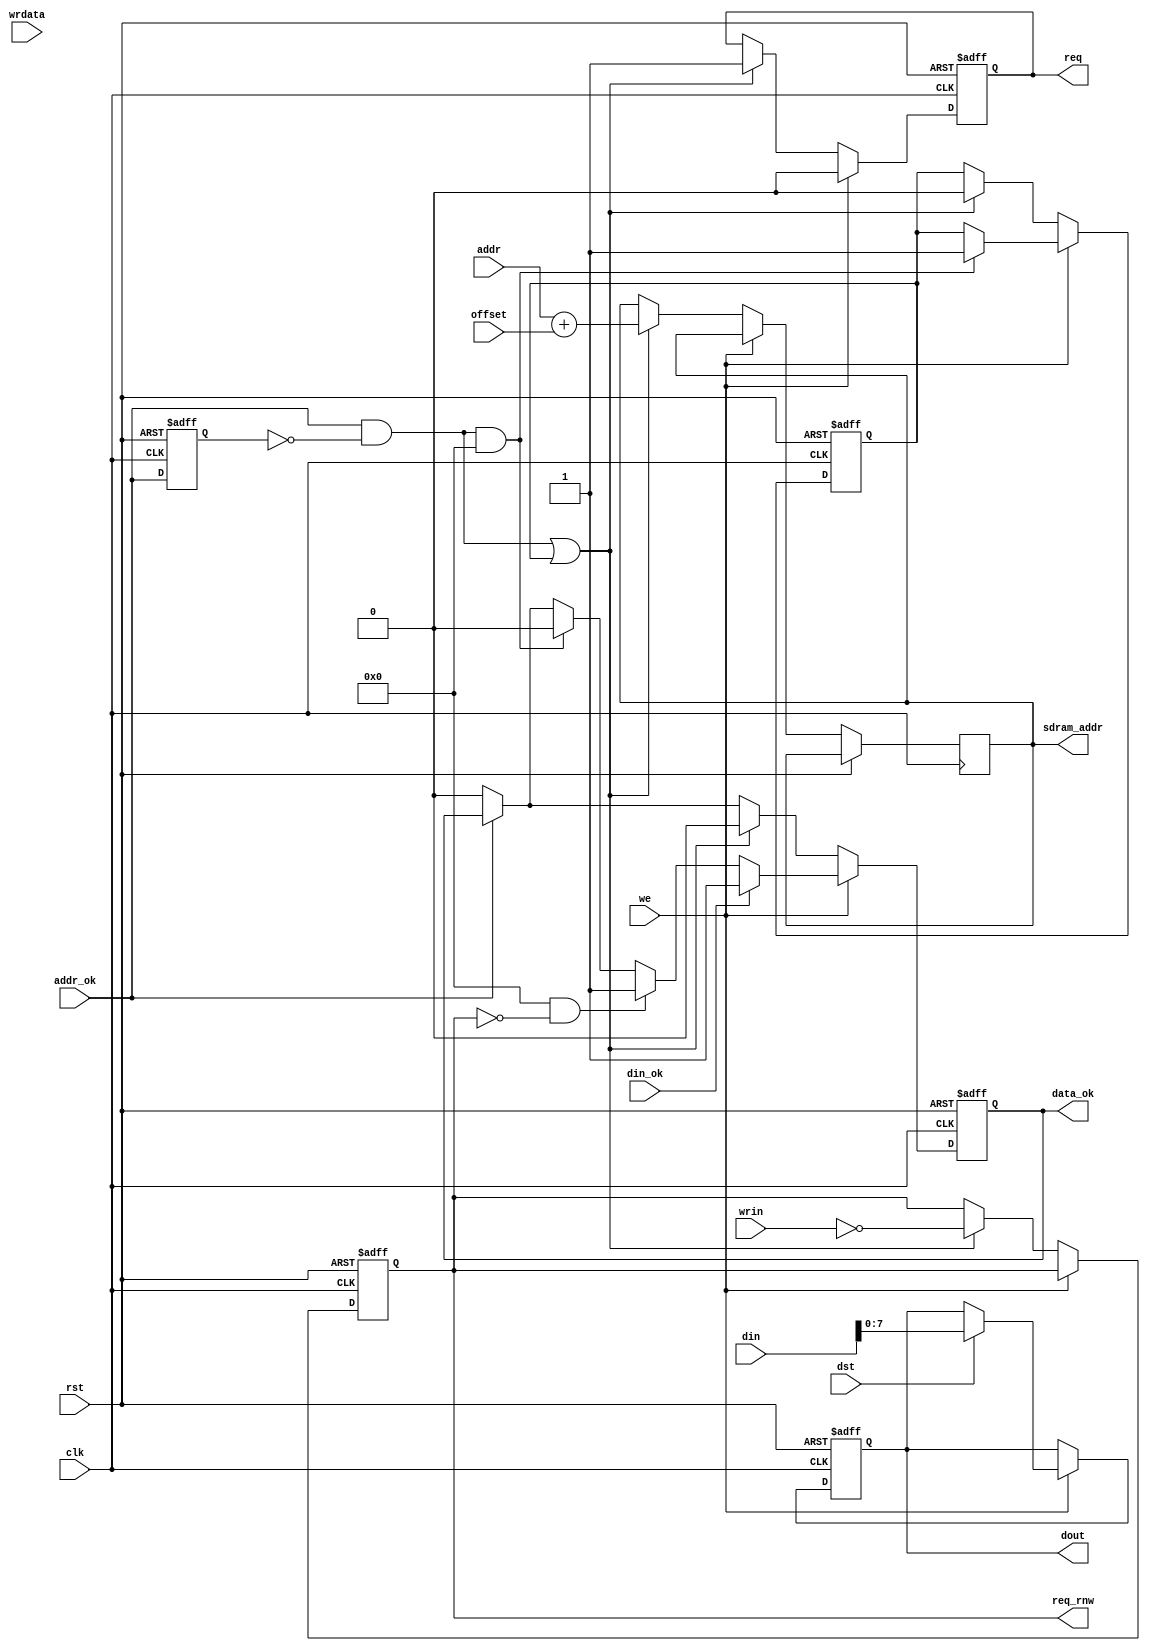
// This program was cloned from: https://github.com/atrac17/Toaplan2
// License: GNU General Public License v3.0

/*  This file is part of JTFRAME.
    JTFRAME program is free software: you can redistribute it and/or modify
    it under the terms of the GNU General Public License as published by
    the Free Software Foundation, either version 3 of the License, or
    (at your option) any later version.

    JTFRAME program is distributed in the hope that it will be useful,
    but WITHOUT ANY WARRANTY; without even the implied warranty of
    MERCHANTABILITY or FITNESS FOR A PARTICULAR PURPOSE.  See the
    GNU General Public License for more details.

    You should have received a copy of the GNU General Public License
    along with JTFRAME.  If not, see <http://www.gnu.org/licenses/>.

    Author: Jose Tejada Gomez. Twitter: @topapate
    Version: 1.0
    Date: 28-2-2019 */

////////////////////////////////////////////////////////////
/////// read/write type
/////// simple pass through
/////// It requires addr_ok signal to toggle for each request
/////// addr_ok is meant to be the CS signal coming from a CPU memory decoder
/////// so it should go up and stay up until the data is served. It should go down
/////// after that.

module jtframe_ram_rq #(parameter
    SDRAMW = 22,
    AW     = 18,
    DW     = 8,
    FASTWR = 0  // gives an ok as soon as the slot mux accepts the write
                // operation. But a new operation won't be accepted until
                // the current one finishes
                // This is useful to have a CPU continue working while a
                // write occurs in the background
)(
    input               rst,
    input               clk,
    input [AW-1:0]      addr,
    input [SDRAMW-1:0]  offset,     // It is not supposed to change during game play
    input               addr_ok,    // signals that value in addr is valid
    input [15:0]        din,        // data read from SDRAM
    input               din_ok,
    input               wrin,
    input               we,
    input               dst,
    output reg          req,
    output reg          req_rnw,
    output reg          data_ok,    // strobe that signals that data is ready
    output reg [SDRAMW-1:0]   sdram_addr,
    input      [DW-1:0] wrdata,
    output reg [DW-1:0] dout        // sends SDRAM data back to requester
);

    wire  [SDRAMW-1:0] size_ext   = { {SDRAMW-AW{1'b0}}, addr };

    reg    last_cs, pending;
    wire   cs_posedge = addr_ok && !last_cs;
    // wire   cs_negedge = !addr_ok && last_cs;

    always @(posedge clk, posedge rst) begin
        if( rst ) begin
            last_cs <= 0;
            req     <= 0;
            data_ok <= 0;
            pending <= 0;
            dout    <= 0;
            req_rnw <= 1;
        end else begin
            last_cs <= addr_ok;
            if( !addr_ok ) data_ok <= 0;
            if( we ) begin
                if( cs_posedge && FASTWR ) begin
                    data_ok <= 0;
                    pending <= 1;
                end
                req <= 0;
                if( FASTWR && !req_rnw ) begin
                    data_ok <= 1;
                end
                if( dst ) begin
                    dout    <= din[DW-1:0];
                end
                if( din_ok && (!FASTWR || req_rnw) ) data_ok <= 1;
            end else if( cs_posedge || pending ) begin
                req        <= 1;
                req_rnw    <= ~wrin;
                data_ok    <= 0;
                pending    <= 0;
                sdram_addr <= size_ext + offset;
            end

        end
    end

endmodule